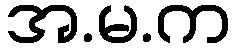
အ.မ.က